Report of an investigation of the epidemic of malarial fever in Assam, or, kala-azar
Disease focus: Malaria
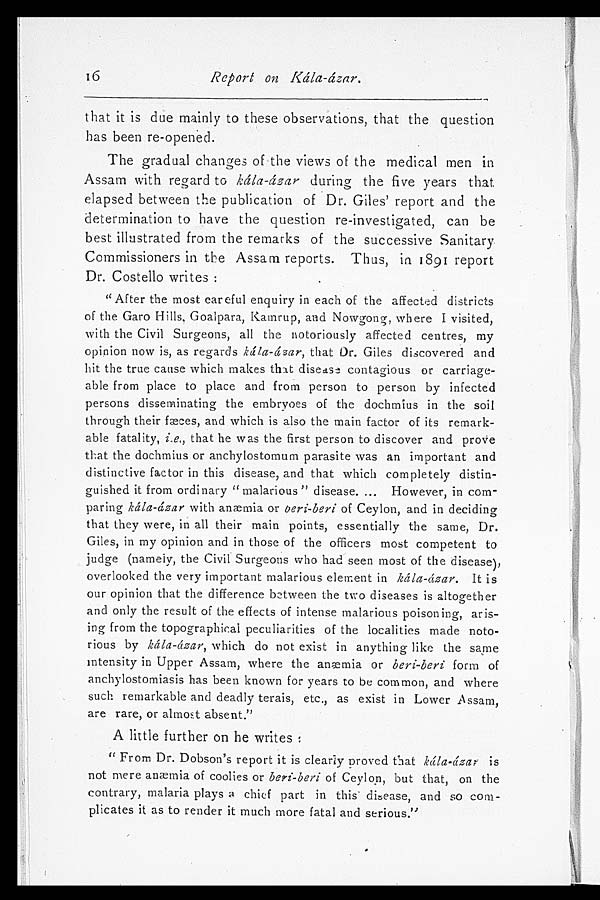
16
Report on Kála-ázar.
that it is due mainly to these observations, that the question
has been re-opened.
The gradual changes of the views of the medical men in
Assam with regard to kála-ázar during the five years that
elapsed between the publication of Dr. Giles' report and the
determination to have the question re-investigated, can be
best illustrated from the remarks of the successive Sanitary
Commissioners in Assam reports. Thus, in 1891 report
Dr. Costello writes:
"After the most careful enquiry in each of the affected districts
of t he Gar o Hi l l s , Goal par a, Kamr up, and Nowgong, wher e I vi s i t ed,
with the Civil Surgeons, all the notoriously affected centres, my
opinion now is, as regards kála-ázar, that Dr. Giles discovered and
hit the true cause which makes that disease contagious or carriage-
able from place to place and from person to person by infected
persons disseminating the embryoes of the dochmius in the soil
through their fæces, and which is also the main factor of its remark-
able fatality, i.e., that he was the first person to discover and prove
that the dochmius or anchylostomum parasite was an important and
distinctive factor in this disease, and that which completely distin-
guished it from ordinary " malarious " disease. ... However, in com-
paring kála-ázar with anæmia or beri-beri of Ceylon, and in deciding
that they were, in all their main points, essentially the same, Dr.
Giles, in my opinion and in those of the officers most competent to
judge (namely, the Civil Surgeons who had seen most of the disease),
overlooked the very important malarious element in kála-ázar. It is
our opinion that the difference between the two diseases is altogether
and only the result of the effects of intense malarious poisoning, aris-
ing from the topographical peculiarities of the localities made noto-
rious by káta-ázar, which do not exist in anything like the same
intensity in Upper Assam, where the anæmia or beri-beri form of
anchylostomiasis has been known for years to be common, and where
such remarkable and deadly terais, etc,, as exist in Lower Assam,
are rare, or almost absent."
A little further on he writes:
" From Dr. Dobson's report it is clearly Proved that kála-ázar is
not mere anæmia of coolies or beri-beri of Ceylon, but that, on the
contrary, malaria plays a chief part in this disease, and so com-
plicates it as to render it much more fatal and serious."